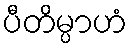
ပီတိမ္ပာဟံ